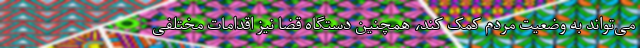
می‌تواند به وضعیت مردم کمک کند، همچنین دستگاه قضا نیز اقدامات مختلفی